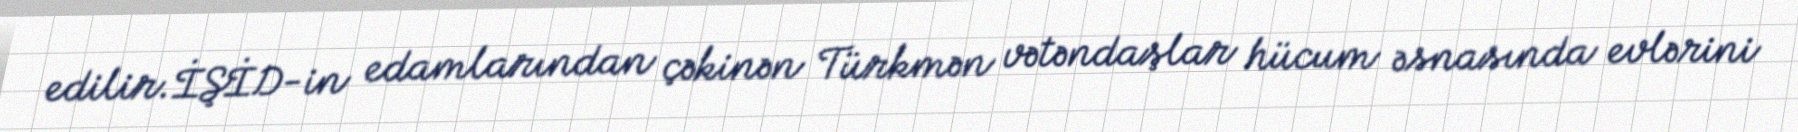
edilir.İŞİD-in edamlarından çəkinən Türkmən vətəndaşlar hücum əsnasında evlərini